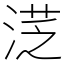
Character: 㴀